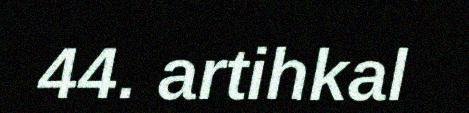
44. artihkal